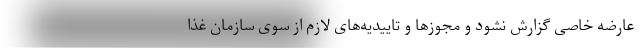
عارضه‌ خاصی گزارش نشود و مجوزها و تاییدیه‌های لازم از سوی سازمان غذا